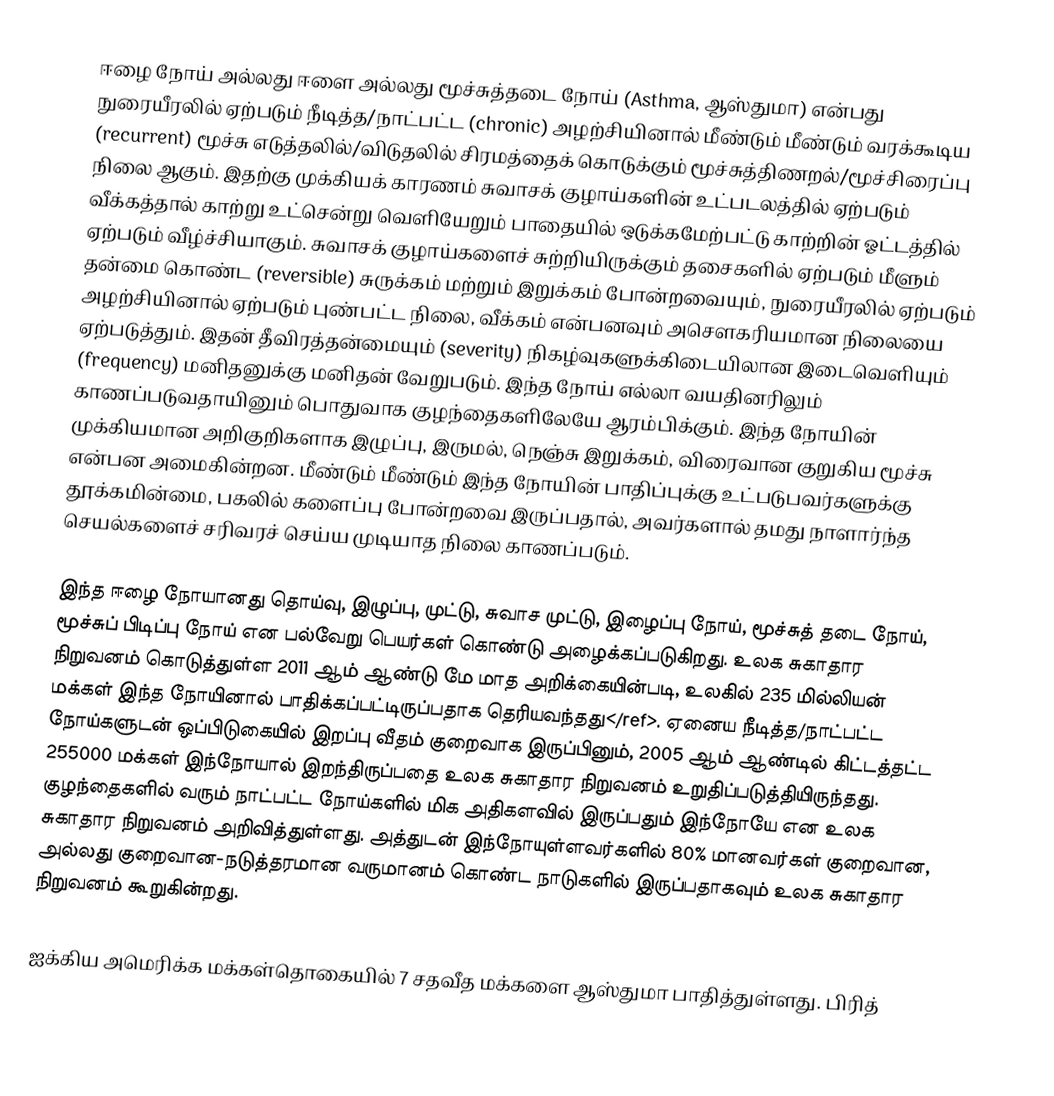
ஈழை நோய் அல்லது ஈளை அல்லது மூச்சுத்தடை நோய் (Asthma, ஆஸ்துமா) என்பது நுரையீரலில் ஏற்படும் நீடித்த/நாட்பட்ட (chronic) அழற்சியினால் மீண்டும் மீண்டும் வரக்கூடிய (recurrent) மூச்சு எடுத்தலில்/விடுதலில் சிரமத்தைக் கொடுக்கும் மூச்சுத்திணறல்/மூச்சிரைப்பு நிலை ஆகும். இதற்கு முக்கியக் காரணம் சுவாசக் குழாய்களின் உட்படலத்தில் ஏற்படும் வீக்கத்தால் காற்று உட்சென்று வெளியேறும் பாதையில் ஒடுக்கமேற்பட்டு காற்றின் ஓட்டத்தில் ஏற்படும் வீழ்ச்சியாகும். சுவாசக் குழாய்களைச் சுற்றியிருக்கும் தசைகளில் ஏற்படும் மீளும் தன்மை கொண்ட (reversible) சுருக்கம் மற்றும் இறுக்கம் போன்றவையும், நுரையீரலில் ஏற்படும் அழற்சியினால் ஏற்படும் புண்பட்ட நிலை, வீக்கம் என்பனவும் அசெளகரியமான நிலையை ஏற்படுத்தும். இதன் தீவிரத்தன்மையும் (severity) நிகழ்வுகளுக்கிடையிலான இடைவெளியும் (frequency) மனிதனுக்கு மனிதன் வேறுபடும். இந்த நோய் எல்லா வயதினரிலும் காணப்படுவதாயினும் பொதுவாக குழந்தைகளிலேயே ஆரம்பிக்கும். இந்த நோயின் முக்கியமான அறிகுறிகளாக இழுப்பு, இருமல், நெஞ்சு இறுக்கம், விரைவான குறுகிய மூச்சு என்பன அமைகின்றன. மீண்டும் மீண்டும் இந்த நோயின் பாதிப்புக்கு உட்படுபவர்களுக்கு தூக்கமின்மை, பகலில் களைப்பு போன்றவை இருப்பதால், அவர்களால் தமது நாளார்ந்த செயல்களைச் சரிவரச் செய்ய முடியாத நிலை காணப்படும்.

இந்த ஈழை நோயானது தொய்வு, இழுப்பு, முட்டு, சுவாச முட்டு, இழைப்பு நோய், மூச்சுத் தடை நோய், மூச்சுப் பிடிப்பு நோய் என பல்வேறு பெயர்கள் கொண்டு அழைக்கப்படுகிறது. உலக சுகாதார நிறுவனம் கொடுத்துள்ள 2011 ஆம் ஆண்டு மே மாத அறிக்கையின்படி, உலகில் 235 மில்லியன் மக்கள் இந்த நோயினால் பாதிக்கப்பட்டிருப்பதாக தெரியவந்தது</ref>. ஏனைய நீடித்த/நாட்பட்ட நோய்களுடன் ஒப்பிடுகையில் இறப்பு வீதம் குறைவாக இருப்பினும், 2005 ஆம் ஆண்டில் கிட்டத்தட்ட 255000 மக்கள் இந்நோயால் இறந்திருப்பதை உலக சுகாதார நிறுவனம் உறுதிப்படுத்தியிருந்தது. குழந்தைகளில் வரும் நாட்பட்ட நோய்களில் மிக அதிகளவில் இருப்பதும் இந்நோயே என உலக சுகாதார நிறுவனம் அறிவித்துள்ளது. அத்துடன் இந்நோயுள்ளவர்களில் 80% மானவர்கள் குறைவான, அல்லது குறைவான-நடுத்தரமான வருமானம் கொண்ட நாடுகளில் இருப்பதாகவும் உலக சுகாதார நிறுவனம் கூறுகின்றது.

ஐக்கிய அமெரிக்க மக்கள்தொகையில் 7 சதவீத மக்களை ஆஸ்துமா பாதித்துள்ளது. பிரித்